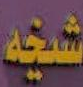
شخه